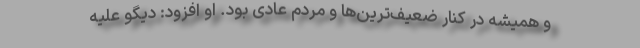
و همیشه در کنار ضعیف‌ترین‌ها و مردم عادی بود. او افزود: دیگو علیه